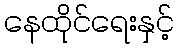
နေထိုင်ရေးနှင့်